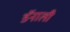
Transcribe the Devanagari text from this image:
डॅनाली